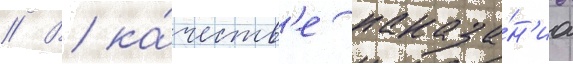
// В ка́честв'е наказа́н'иа